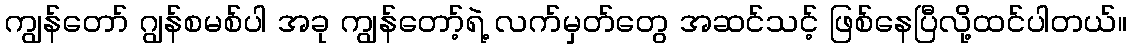
ကျွန်တော် ဂျွန်စမစ်ပါ အခု ကျွန်တော့်ရဲ့ လက်မှတ်တွေ အဆင်သင့် ဖြစ်နေပြီလို့ထင်ပါတယ်။